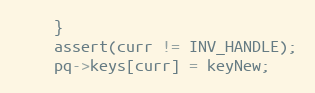
Language: C
	}
	assert(curr != INV_HANDLE);
	pq->keys[curr] = keyNew;